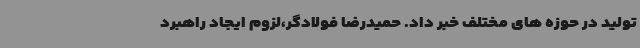
تولید در حوزه های مختلف خبر داد. حمیدرضا فولادگر،لزوم ایجاد راهبرد